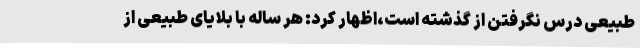
طبیعی درس نگرفتن از گذشته است،اظهار کرد: هر ساله با بلایای طبیعی از